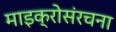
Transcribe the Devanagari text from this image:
माइक्रोसंरचना